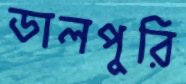
ডালপুরি